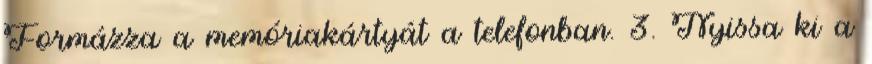
Formázza a memóriakártyát a telefonban. 3. Nyissa ki a